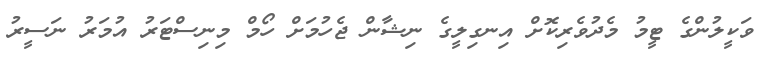
ވަކީލުންގެ ޓީމު މެދުވެރިކޮށް އިނގިލީގެ ނިޝާން ޖެހުމަށް ހޯމް މިނިސްޓަރު އުމަރު ނަސީރު